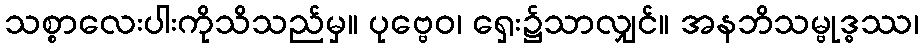
သစ္စာလေးပါးကိုသိသည်မှ။ ပုဗ္ဗေဝ၊ ရှေး၌သာလျှင်။ အနဘိသမ္ဗုဒ္ဓဿ၊